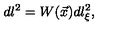
d l ^ { 2 } = W ( \vec { x } ) d l _ { \xi } ^ { 2 } ,